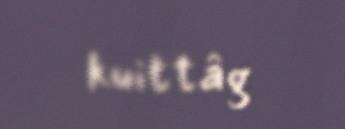
kuittâg